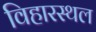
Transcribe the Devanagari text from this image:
विहारस्थल